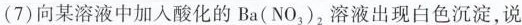
(7)向某溶液中加入酸化的Ba(NO_{3})_{2}溶液出现白色沉淀，说